Annual statistical returns and brief notes on vaccination in Bengal - 1909-1929
Year: 1909
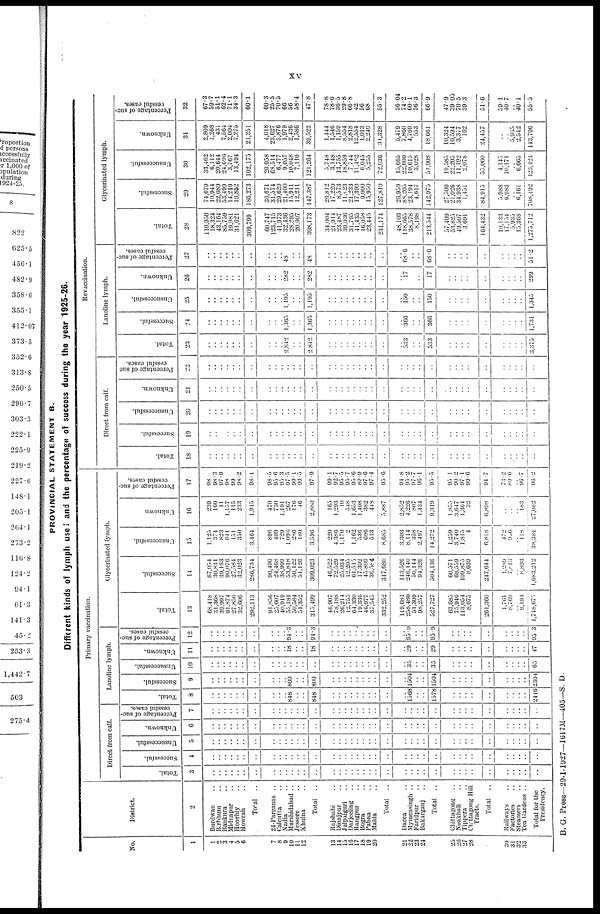
xv
PROVINCIAL STATEMENT B.
Different kinds of lymph used and the percentage of success during the year 1925-26.
No.
1
1
2
3
4
5
6
7
8
9
10
11
12
13
14
15
16
17
18
19
20
21
22
23
24
25
26
27
28
30
31
32
33
District.
2
Burdwan ..
Birbhum ..
Bankura ..
Midnapur ..
Hooghly ..
Howrah ..
Total ..
24-Parganas ..
Calcutta ..
Nadia ..
Murshidabad ..
Jessore ..
Khulna ..
Total
..
Rajshahi ..
Dinajpur ..
Jalpaiguri ..
Darjeeling ..
Rangpur ..
Bogra ..
Pabna ..
Malda ..
Total ..
Dacca ..
Mymensingh ..
Faridpur ..
Bakarganj ..
Total ..
Chittagong ..
Noakhali ..
Tippera ..
Chittagong Hill
Tracts.
Total ..
Railways ..
Factories ..
Steamers ..
Tea Gardens ..
Total for the
Presidency.
Primary vaccination.
Direct from calf.
Total.
3
..
..
..
..
..
..
..
..
..
..
..
..
..
..
..
..
..
..
..
..
..
..
..
..
..
..
..
..
..
..
..
..
..
..
..
..
..
..
Successful.
4
..
..
..
..
..
..
..
..
..
..
..
..
..
..
..
..
..
..
..
..
..
..
..
..
..
..
..
..
..
..
..
..
..
..
..
..
..
..
Unsuccessful.
5
..
..
..
..
..
..
..
..
..
..
..
..
..
..
..
..
..
..
..
..
..
..
..
..
..
..
..
..
..
..
..
..
..
..
..
..
..
..
Unknown.
6
..
..
..
..
..
..
..
..
..
..
..
..
..
..
..
..
..
..
..
..
..
..
..
..
..
..
..
..
..
..
..
..
..
..
..
..
..
..
Percentage of suc-
cessful cases.
7
..
..
..
..
..
..
..
..
..
..
..
..
..
..
..
..
..
..
..
..
..
..
..
..
..
..
..
..
..
..
..
..
..
..
..
..
..
..
Lanoline lymph.
Total.
8
..
..
..
..
..
..
..
..
..
.. 848
..
..
848
..
..
..
..
..
..
..
..
..
..
1508
..
..
1578
..
..
..
..
..
..
..
..
..
2416
Successful.
9
..
..
..
..
..
..
..
..
..
.. 800
..
..
800
..
..
..
..
..
..
..
..
..
..
1504
..
..
1504
..
..
..
..
..
..
..
..
..
2304
Unsuccessful.
10
..
..
..
..
..
..
..
..
..
..
..
..
..
..
..
..
..
..
..
..
..
..
..
..
35
..
..
35
..
..
..
..
..
..
..
..
..
65
Unknown.
11
..
..
..
..
..
..
..
..
..
.. 18
..
..
18
..
..
..
..
..
..
..
..
..
..
29
..
..
29
..
..
..
..
..
..
..
..
..
17
Percentage of suc-
cessful cases.
12
....
..
..
..
..
..
..
..
..
.. 94.3
..
..
94.3
..
..
..
..
..
..
..
..
..
..
95.9
..
..
95.9
..
..
..
..
..
..
..
..
..
95.3
Glycerinated lymph.
Total.
13
68,418
31,368
39,997
91,874
27,850
32,606
292,113
91,856
25,607
40,919
55,181
50,584
51,352
315,499
40,907
78,188
26,214
12,755
64,330
19,336
46,977
37,545
332,252
119,681
258,480
51,309
98,257
527,727
63,685
75,946
113,054
8,675
261,360
1,761
8,769
.. 9,194
1,748,675
Successful.
14
67,054
30,834
39,163
90,076
27,584
32,023
286,734
90,490
24,468
38,999
53,818
50,122
51,126
309,023
46,522
72,529
25,034
12,205
61,513
17,392
45,899
36,584
317,680
113,526
246,140
50,144
94,326
504,136
60,571
68,559
109,875
8,639
247,644
1,289
7,813
.. 8,893
1,683,212
Unsuccessful.
15
1,125
374
823
641
151
350
3,464
896
409
729
1,096
280
180
3,596
220
4,386
1,170
2
1,162
536
696
513
8,685
3,303
8,114
358
2,497
14,272
1,259
3,740
1,815
4
6,818
472
9 0 6
.. 118
38,381
Unknown
16
239
160
11
1,157
115
233
1,915
470
730
1,191
267
176
46
2,880
165
1,293
10
548
1,653
1,408
382
448
5,887
2,852
4,226
807
1,434
9,319
1,855
3,647
1,364
32
6,898
..
..
.. 183
27,082
Percentage of suc-
cessful cases.
17
98
98.3
97.9
98.
99
98.2
98.1
98.5
95.6
95.3
97.5
99.1
99.5
97.9
99.1
92.7
95.5
95.7
95.6
89.9
97.0
97.4
95.6
94.8
95.2
97.7
96.1
95.5
95.1
90.2
97.1
99.6
94.7
73.2
89.6
.. 96.7
96.2
Revaccination.
Direct from calf.
Total.
18
..
..
..
..
..
..
..
..
..
..
..
..
..
..
..
..
..
..
..
..
..
..
..
..
..
..
..
..
..
..
..
..
..
..
..
..
..
..
Successful.
19
..
..
..
..
..
..
..
..
..
..
..
..
..
..
..
..
..
..
..
..
..
..
..
..
..
..
..
..
..
..
..
..
..
..
..
..
..
..
Unsuccessful.
20
..
..
..
..
..
..
..
..
..
..
..
..
..
..
..
..
..
..
..
..
..
..
..
..
..
..
..
..
..
..
..
..
..
..
..
..
..
..
Unknown.
21
..
..
..
..
..
..
..
..
..
..
..
..
..
..
..
..
..
..
..
..
..
..
..
..
..
..
..
..
..
..
..
..
..
..
..
..
..
..
Percentage of suc-
cessful cases.
22
..
..
..
..
..
..
..
..
..
..
..
..
..
..
..
..
..
..
..
..
..
..
..
..
..
..
..
..
..
..
..
..
..
..
..
..
..
..
Lanoline lymph.
Total.
23
..
..
..
..
..
..
..
..
..
.. 2,842
..
..
2,842
..
..
..
..
..
..
..
..
..
..
533
..
..
533
..
..
..
..
..
..
..
..
..
3,375
Successful.
24
..
..
..
..
..
..
..
..
..
.. 1,365
..
..
1,365
..
..
..
..
..
..
..
..
..
..
366
..
..
366
..
..
..
..
..
..
..
..
..
1,731
Unsuccessful.
25
..
..
..
..
..
..
..
..
..
.. 1,195
..
..
1,195
..
..
..
..
..
..
..
..
..
..
150
..
..
150
..
..
..
..
..
..
..
..
..
1,345
Unknown.
26
..
..
..
..
..
..
..
..
..
.. 282
..
..
282
..
..
..
..
..
..
..
..
..
..
17
..
..
17
..
..
..
..
..
..
..
..
..
299
Percentage of suc-
cessful cases.
27
..
..
..
..
..
..
..
..
..
.. 48
..
..
48
..
..
..
..
..
..
..
..
..
..
68.6
..
..
68.6
..
..
..
..
..
..
..
..
..
51.2
Glycerinated lymph.
Total.
28
110,950
18,324
43,164
85,759
19,981
31,621
309,799
60,747
123,715
41,973
32,430
28,395
20,907
308,173
34,004
21,914
23,487
39,036
31,795
41,435
16,058
23,445
231,174
48,103
118,665
38,578
8,198
213,544
57,409
53,825
49,507
3,691
164,432
10,133
17,154
5,935
15,368
1,275,712
Successful.
29
74,679
10,944
22,089
53,499
14,210
10,852
186,273
36,671
31,574
29,620
21,400
15,911
12,211
147,387
26,812
17,220
8,573
l1,023
21,233
17,399
9,000
15,950
127,810
26,959
88,205
23,194
4,617
142,975
27,500
21,026
34,938
1,451
84,915
5,988
6,983
.. 6,161
708,492
Unsuccessful.
30
33,462
6,112
20,644
24,696
3,767
13,494
102,175
20,058
68,514
6,477
9,057
10,048
7,110
121,264
5,748
3,148
13,755
18,859
7,744
11,482
6,045
5,255
72,036
15,665
22,600
10,615
3,028
51,908
19,585
22,205
11,192
2,078
55,060
4,145
10,171
.. 6,665
123,424
Unknown.
31
2,809
1,268
431
7,564
2,004
7,275
21,351
4,018
23,627
5,876
1,979
2,436
1,586
39,522
1,444
1,546
1,159
8,554
2,818
12,554
1,013
2,240
31,328
5,479
7,860
4,769
553
18,661
10,324
10,594
3,377
162
24,457
..
.. 5,935
2,542
143,796
Percentage of suc-
cessful cases.
32
67.3
59.7
51.1
62.4
71.1
34.3
60.1
60.3
25.5
70.5
66
56
58.4
47.8
78.8
78.6
36.5
29.8
60.8
42
56
68
55.3
56.04
74.2
60.1
56.3
66.9
47.9
39.05
70.5
39.3
51.6
59.1
40.7
.. 40.1
55.5
B. G. Press—29-1-1927—1617M—405—S. D.